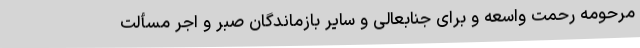
مرحومه رحمت واسعه و برای جنابعالی و سایر بازماندگان صبر و اجر مسألت